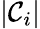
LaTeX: |\mathcal{C}_{i}|